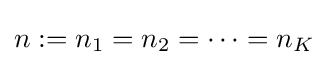
n:=n_{1}=n_{2}=\cdots =n_{K}